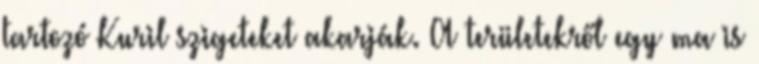
tartozó Kuril szigeteket akarják. A területekről egy ma is